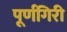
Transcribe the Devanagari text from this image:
पूर्णगिरी